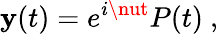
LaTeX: \mathbf{y}(t)=e^{i\nut}P(t)\ ,